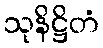
သုနိဋ္ဌိတံ